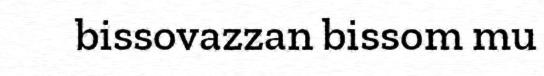
bissovazzan bissom mu